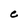
Character: C